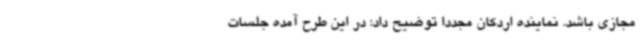
مجازی باشد. نماینده اردکان مجددا توضیح داد: در این طرح آمده جلسات